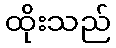
ထိုးသည်